Report on enteric fever
Disease focus: Fever
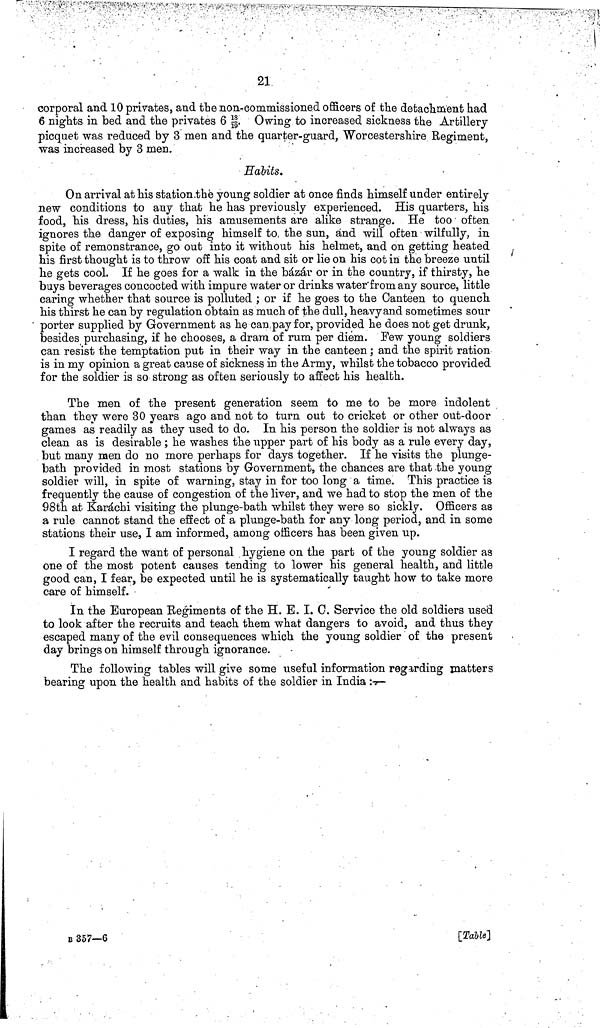
21
corporal and 10 privates, and the non-commissioned officers of the detachment had
6 nights in bed and the privates 6\18/19\. Owing to increased sickness the Artillery
picquet was reduced by 3 men and the quarter-guard, Worcestershire Regiment,
was increased by 3 men.
Habits.
On arrival at his station the young soldier at once finds himself under entirely
new conditions to any that he has previously experienced. His quarters, his
food, his dress, his duties, his amusements are alike strange. He too often
ignores the danger of exposing himself to the sun, and will often wilfully, in
spite of remonstrance, go out into it without his helmet, and on getting heated
his first thought is to throw off his coat and sit or lie on his cot in the breeze until
he gets cool. If he goes for a walk in the bázár or in the country, if thirsty, he
buys beverages concocted with impure water or drinks water from any source, little
caring whether that source is polluted ; or if he goes to the Canteen to quench
his thirst he can by regulation obtain as much of the dull, heavy and sometimes sour
porter supplied by Government as he can pay for, provided he does not get drunk,
besides purchasing, if he chooses, a dram of rum per diem. Few young soldiers
can resist the temptation put in their way in the canteen; and the spirit ration
is in my opinion a great cause of sickness in the Army, whilst the tobacco provided
for the soldier is so strong as often seriously to affect his health.
The men of the present generation seem to me to be more indolent
than they were 30 years ago and not to turn out to cricket or other out-door
games as readily as they used to do. In his person the soldier is not always as
clean as is desirable ; he washes the upper part of his body as a rule every day,
but many men do no more perhaps for days together. If he visits the plunge-
bath provided in most stations by Government, the chances are that the young
soldier will, in spite of warning, stay in for too long a time. This practice is
frequently the cause of congestion of the liver, and we had to stop the men of the
98th at Karáchi visiting the plunge-bath whilst they were so sickly. Officers as
a rule cannot stand the effect of a plunge-bath for any long period, and in some
stations their use, I am informed, among officers has been given up.
I regard the want of personal hygiene on the part of the young soldier as
one of the most potent causes tending to lower his general health, and little
good can, I fear, be expected until he is systematically taught how to take more
care of himself.
In the European Regiments of the H. E. I. 0. Service the old soldiers used
to look after the recruits and teach them what dangers to avoid, and thus they
escaped many of the evil consequences which the young soldier of the present
day brings on himself through ignorance.
The following tables will give some useful information regarding matters
bearing upon the health and habits of the soldier in India :—
B 357--6
[Table]